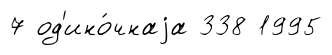
7 од'ино́чнаjа 338 1995